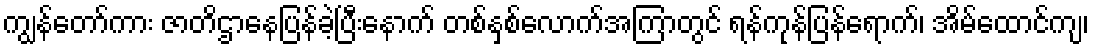
ကျွန်တော်ကား ဇာတိဌာနေပြန်ခဲ့ပြီးနောက် တစ်နှစ်လောက်အကြာတွင် ရန်ကုန်ပြန်ရောက်၊ အိမ်ထောင်ကျ၊